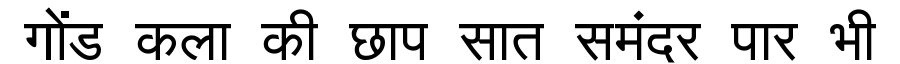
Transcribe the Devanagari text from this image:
गोंड कला की छाप सात समंदर पार भी